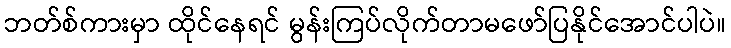
ဘတ်စ်ကားမှာ ထိုင်နေရင် မွန်းကြပ်လိုက်တာမဖော်ပြနိုင်အောင်ပါပဲ။